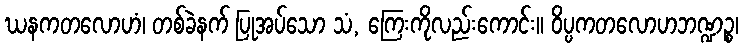
ဃနကတလောဟံ၊ တစ်ခဲနက် ပြုအပ်သော သံ, ကြေးကိုလည်းကောင်း။ ဝိပ္ပကတလောဟဘဏ္ဍဉ္စ၊